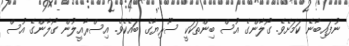
ނުފައިބާނެ ކަމަށެވެ. ގޯލާންގެ އުސް ބިންތަކަކީ ސޫރިޔާގެ ބައެކެވެ. އިސްރާއީލުން ގޯލާންގެ އުސް